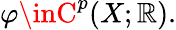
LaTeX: \varphi\inC^{p}(X;\mathbb{R}).